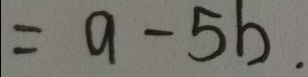
= a - 5 b .